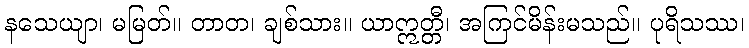
နသေယျာ၊ မမြတ်။ တာတ၊ ချစ်သား။ ယာဣတ္တီ၊ အကြင်မိန်းမသည်။ ပုရိသဿ၊